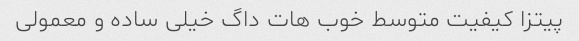
پیتزا کیفیت متوسط خوب هات داگ خیلی ساده و معمولی